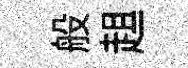
般趄